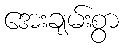
အေးချမ်းစွာ